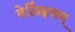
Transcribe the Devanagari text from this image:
वेलिंक्षत्रम्